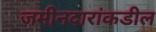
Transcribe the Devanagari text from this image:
जमीनदारांकडील